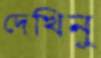
দেখিনু